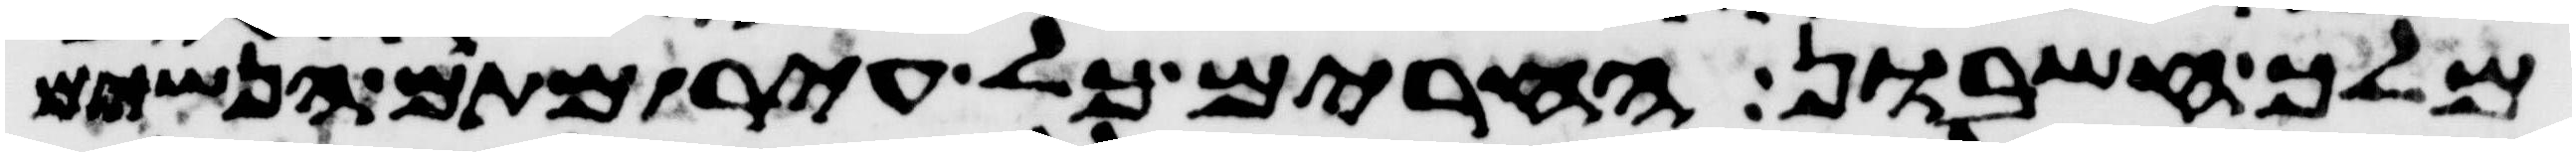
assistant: מלך חשבון החרים כל עיר מתם הנשים